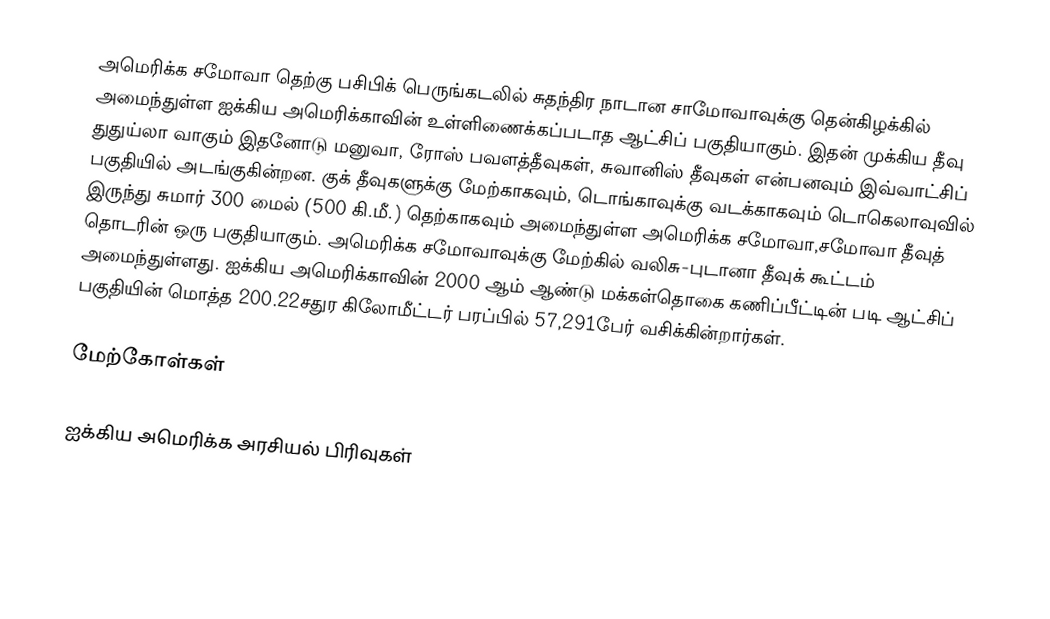
அமெரிக்க சமோவா தெற்கு பசிபிக் பெருங்கடலில் சுதந்திர நாடான சாமோவாவுக்கு தென்கிழக்கில் அமைந்துள்ள ஐக்கிய அமெரிக்காவின் உள்ளிணைக்கப்படாத ஆட்சிப் பகுதியாகும். இதன் முக்கிய தீவு துதுய்லா வாகும் இதனோடு மனுவா, ரோஸ் பவளத்தீவுகள், சுவானிஸ் தீவுகள் என்பனவும் இவ்வாட்சிப் பகுதியில் அடங்குகின்றன. குக் தீவுகளுக்கு மேற்காகவும், டொங்காவுக்கு வடக்காகவும் டொகெலாவுவில் இருந்து சுமார் 300 மைல் (500 கி.மீ.) தெற்காகவும் அமைந்துள்ள அமெரிக்க சமோவா,சமோவா தீவுத் தொடரின் ஒரு பகுதியாகும். அமெரிக்க சமோவாவுக்கு மேற்கில் வலிசு-புடானா தீவுக் கூட்டம் அமைந்துள்ளது. ஐக்கிய அமெரிக்காவின் 2000 ஆம் ஆண்டு மக்கள்தொகை கணிப்பீட்டின் படி ஆட்சிப் பகுதியின் மொத்த 200.22சதுர கிலோமீட்டர் பரப்பில் 57,291பேர் வசிக்கின்றார்கள்.

மேற்கோள்கள்

ஐக்கிய அமெரிக்க அரசியல் பிரிவுகள்